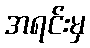
အရင်းမှ